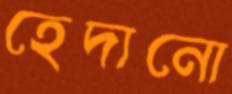
হেদানো